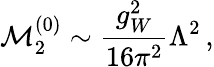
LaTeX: \mathcal{M}_{2}^{(0)}\sim\frac{g_{W}^{2}}{16\pi^{2}}\Lambda^{2}\, ,